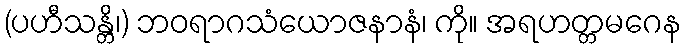
(ပဟီသန္တိ၊) ဘဝရာဂသံယောဇနာနံ၊ ကို။ အရဟတ္တမဂေန